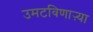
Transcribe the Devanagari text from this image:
उमटविणाऱ्या